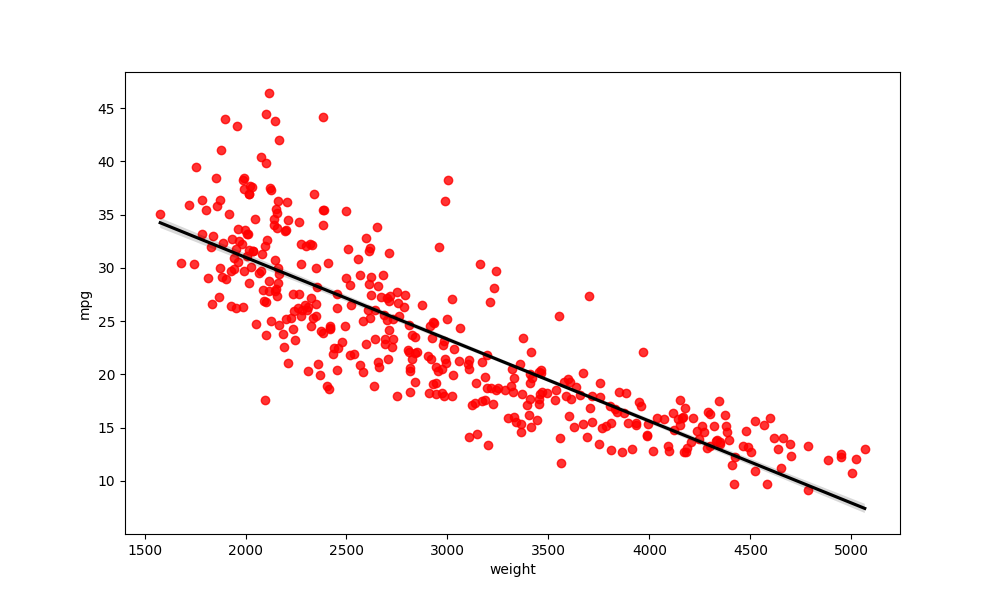
python, seaborn, regplot, order=1, ci=68, scatter_color=red, line_color=black